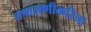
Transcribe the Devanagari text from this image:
तपासणीकरिता